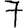
Digit: 7